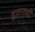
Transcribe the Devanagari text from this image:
द्वारगाहों